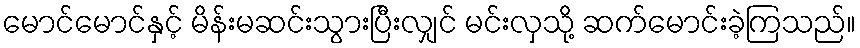
မောင်မောင်နှင့် မိန်းမဆင်းသွားပြီးလျှင် မင်းလှသို့ ဆက်မောင်းခဲ့ကြသည်။